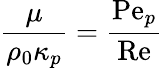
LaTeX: \frac{\mu}{\rho_{0}\kappa_{p}}=\frac{\mathrm{Pe}_{p}}{\mathrm{Re}}